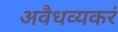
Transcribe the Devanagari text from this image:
अवैधव्यकरं